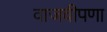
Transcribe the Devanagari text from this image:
वाजवीपणा